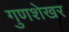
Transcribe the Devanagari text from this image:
गुणशेखर